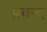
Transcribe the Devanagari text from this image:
प्रबन्द